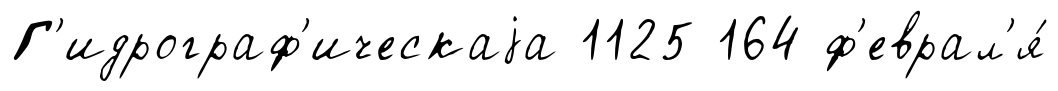
Г'идрограф'ическаjа 1125 164 ф'еврал'я́